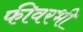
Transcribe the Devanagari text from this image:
फीवरभी